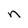
Character: n